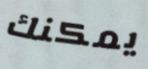
يمكنك